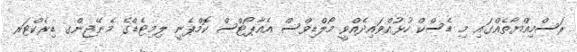
ރަސްމިއްޔާތެއްގައި މި ޑެސްކް ހުޅުއްވައިދެއްވީ މޯލްޑިވްސް އެއާޕޯޓްސް ކޮމްޕެނީ ލިމިޓެޑްގެ މެނޭޖިންގ ޑިރެކްޓަރ